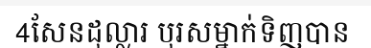
4សែនដុល្លារ បុរសម្នាក់ទិញបាន